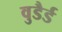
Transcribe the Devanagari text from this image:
वुडैर्ड